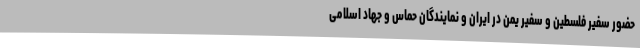
حضور سفیر فلسطین و سفیر یمن در ایران و نمایندگان حماس و جهاد اسلامی